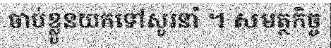
ចាប់ខ្លួនយកទៅសួរនាំ ។ សមត្ថកិច្ច